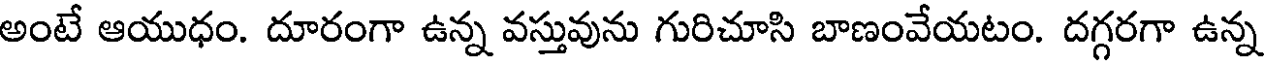
అంటే ఆయుధం. దూరంగా ఉన్న వస్తువును గురిచూసి బాణంవేయటం. దగ్గరగా ఉన్న